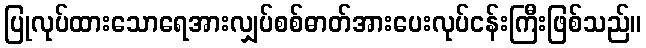
ပြုလုပ်ထားသောရေအားလျှပ်စစ်ဓာတ်အားပေးလုပ်ငန်းကြီးဖြစ်သည်။